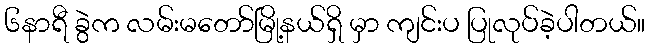
၆နာရီ ခွဲက လမ်းမတော်မြို့နယ်ရှိ မှာ ကျင်းပ ပြုလုပ်ခဲ့ပါတယ်။